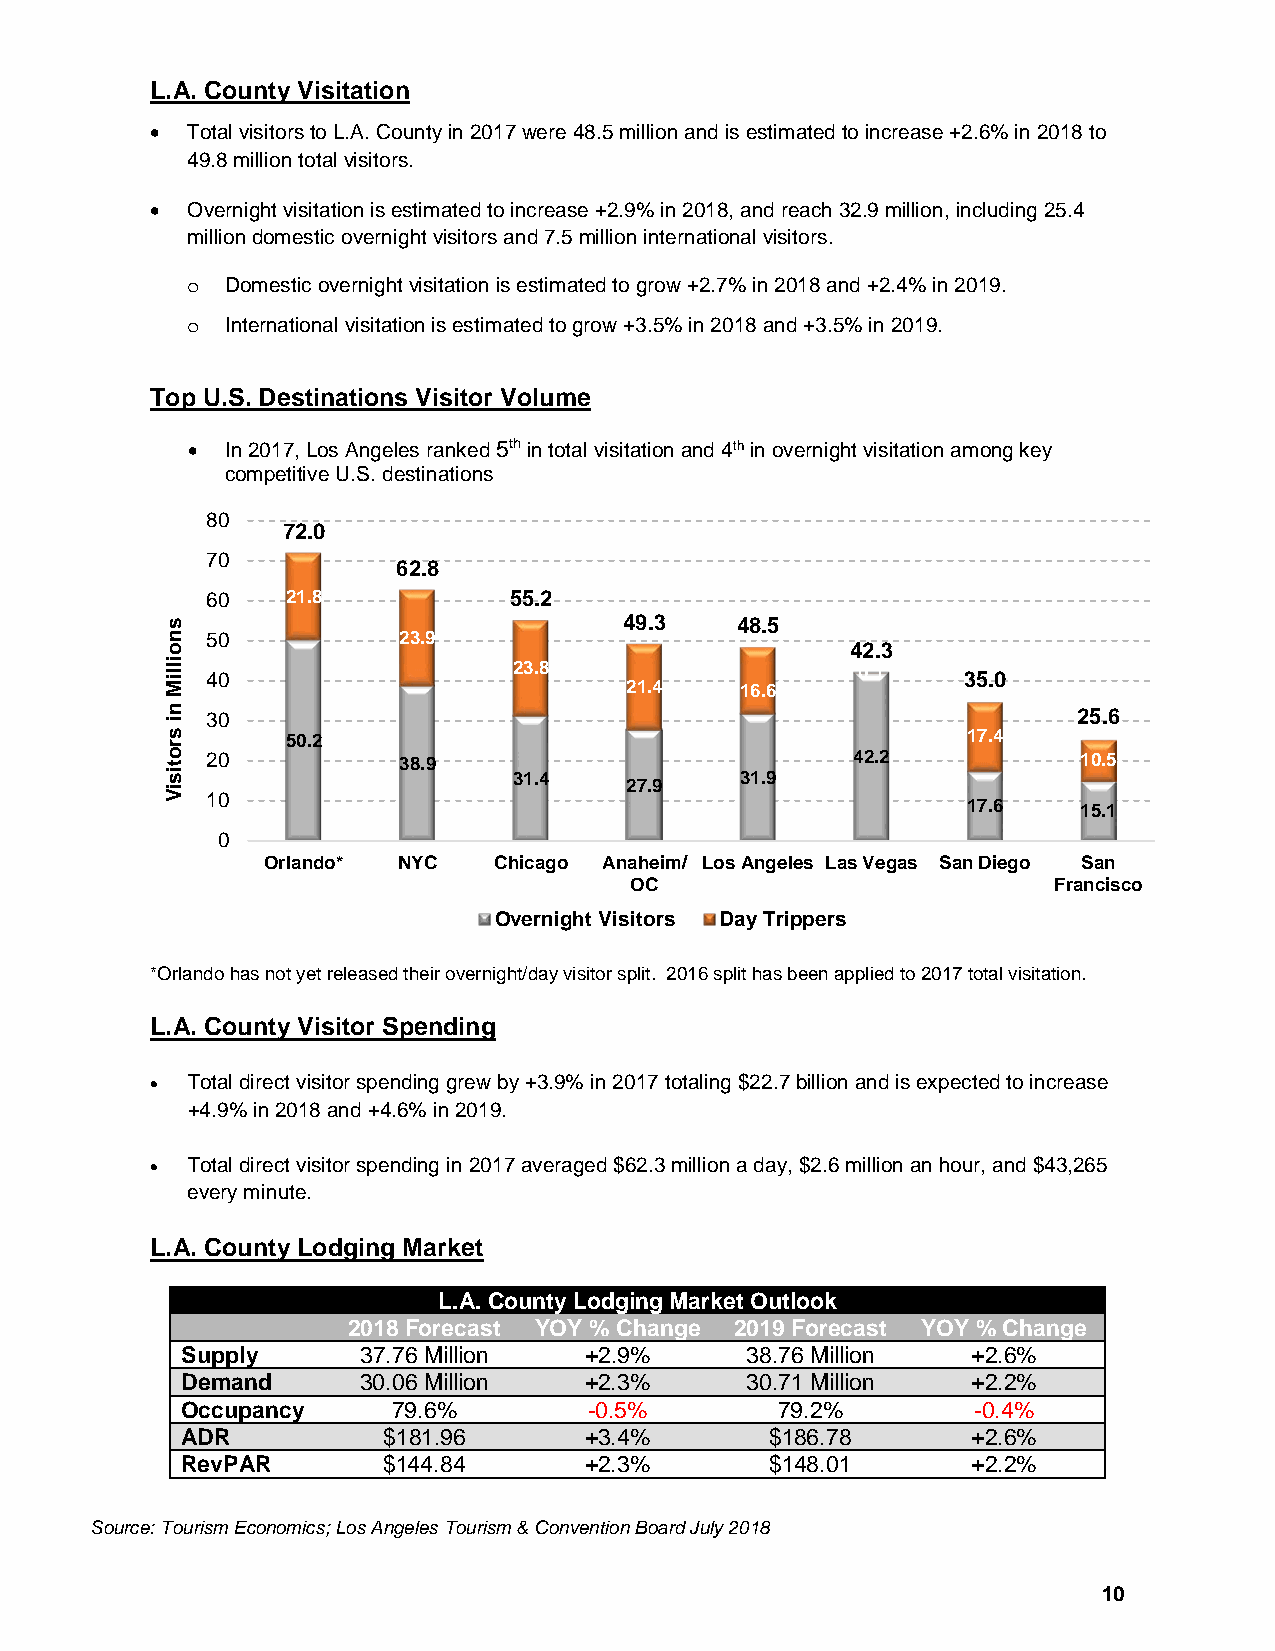
L.A. County Visitation
 • Total visitors to L.A. County in 2017 were 48.5 million and is estimated to increase +2.6% in 2018 to
 49.8 million total visitors.
 • Overnight visitation is estimated to increase +2.9% in 2018, and reach 32.9 million, including 25.4
 million domestic overnight visitors and 7.5 million international visitors.
 Domestic overnight visitation is estimated to grow +2.7% in 2018 and +2.4% in 2019.
 o
 International visitation is estimated to grow +3.5% in 2018 and +3.5% in 2019.
 o
 Top U.S. Destinations Visitor Volume
 •  In 2017, Los Angeles ranked 5th in total visitation and 4th in overnight visitation among key
 competitive U.S. destinations
 80
 72.0
 70
 62.8
 60   21.8           55.2
 49.3    48.5
 50          23.9
 42.3
 40                  23.8                   0.1    35.0
 21.4    16.6
 30                                                       25.6
 50.2                                         17.4
 20          38.9                          42.2            10.5
 31.4           31.9
 27.9
 10
 17.6    15.1
 0
 Orlando* NYC   Chicago Anaheim/ Los Angeles Las Vegas San Diego San
 OC                          Francisco
 Overnight Visitors Day Trippers
 *Orlando has not yet released their overnight/day visitor split. 2016 split has been applied to 2017 total visitation.
 L.A. County Visitor Spending
 • Total direct visitor spending grew by +3.9% in 2017 totaling $22.7 billion and is expected to increase
 +4.9% in 2018 and +4.6% in 2019.
 • Total direct visitor spending in 2017 averaged $62.3 million a day, $2.6 million an hour, and $43,265
 every minute.
 L.A. County Lodging Market
 L.A. County Lodging Market Outlook
 2018 Forecast YOY % Change 2019 Forecast YOY % Change
 Supply      37.76 Million  +2.9%     38.76 Million  +2.6%
 Demand      30.06 Million  +2.3%     30.71 Million  +2.2%
 Occupancy     79.6%        -0.5%        79.2%        -0.4%
 ADR          $181.96       +3.4%       $186.78      +2.6%
 RevPAR       $144.84       +2.3%       $148.01      +2.2%
 Source: Tourism Economics; Los Angeles Tourism & Convention Board July 2018
 10
 snoilliM
 ni
 srotisiV